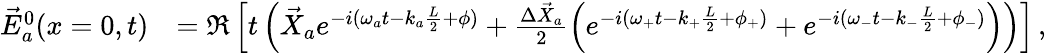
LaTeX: \begin{array}{rl}{\vec{E}_{a}^{0}(x=0,t)}&{=\Re\left[t\left(\vec{X}_{a}e^{-i(\omega_{a}t-k_{a}\frac{L}{2}+\phi)}+\frac{\Delta\vec{X}_{a}}{2}\left(e^{-i(\omega_{+}t-k_{+}\frac{L}{2}+\phi_{+})}+e^{-i(\omega_{-}t-k_{-}\frac{L}{2}+\phi_{-})}\right)\right)\right]\, ,}\end{array}